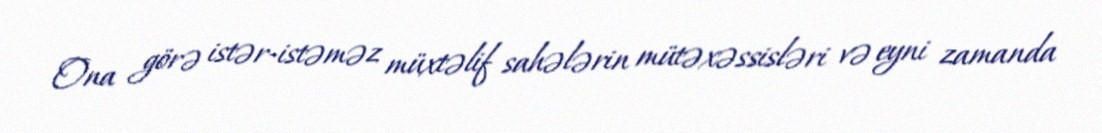
Ona görə istər-istəməz müxtəlif sahələrin mütəxəssisləri və eyni zamanda